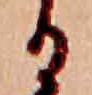
る